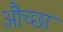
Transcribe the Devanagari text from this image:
औच्छा